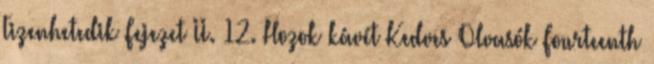
Tizenhetedik Fejezet II. 12. Hozok kávét Kedves Olvasók Fourteenth